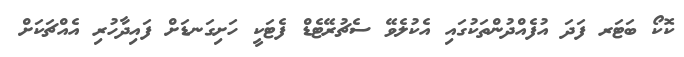
ކޮކޯ ބަޓަރ ފަދަ އުފެއްދުންތަކުގައި އެކުލެވޭ ސެޗުރޭޓެޑް ފެޓަކީ ހަށިގަނޑަށް ފައިދާހުރި އެއްޗަކަށް